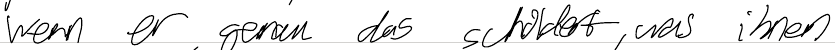
wenn er genau das schildert, was ihnen